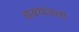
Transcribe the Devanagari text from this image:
वाक्यांतला